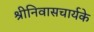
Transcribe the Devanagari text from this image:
श्रीनिवासचार्यके